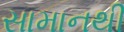
સામાનથી